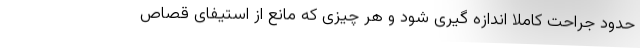
حدود جراحت کاملاً اندازه گیری شود و هر چیزی که مانع از استیفای قصاص